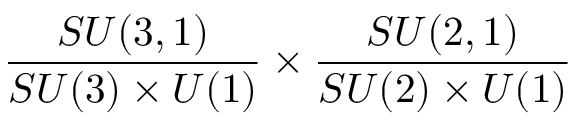
\frac { S U ( 3 , 1 ) } { S U ( 3 ) \times U ( 1 ) } \times \frac { S U ( 2 , 1 ) } { S U ( 2 ) \times U ( 1 ) }